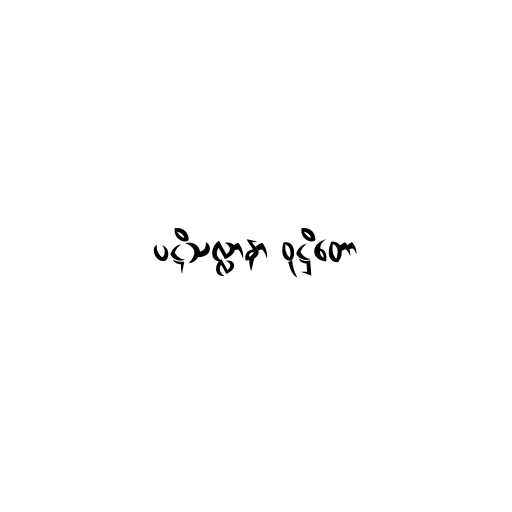
ပဋိသလ္လာနာ ဝုဋ္ဌိတော